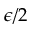
\epsilon / 2